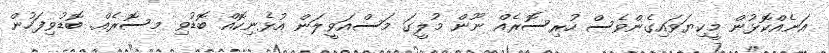
އަނެއްކޮޅުން މީކިޔަވައިގެންވެސް ހުރިސޮރެއް ނޫން މުލީގަ މަސްއަވީލަން އުޅެނިކޮއް ބޮޑުވި މސޮރެއް. ބޮޑުވިފަހުން